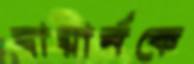
বায়ার্নকে